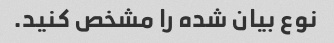
نوع بیان شده را مشخص کنید.